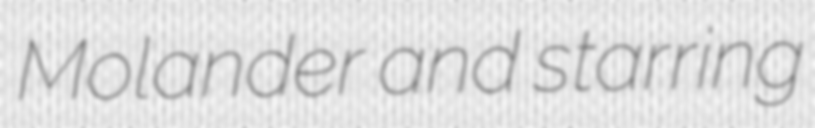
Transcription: Molander and starring